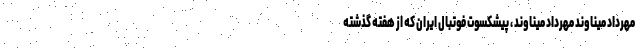
مهرداد میناوند مهرداد میناوند ، پیشکسوت فوتبال ایران که از هفته گذشته